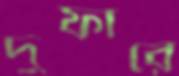
দুফারে